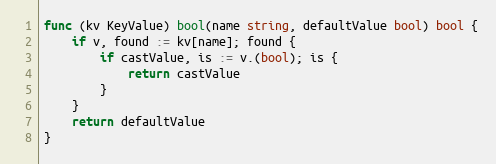
Language: Go
func (kv KeyValue) bool(name string, defaultValue bool) bool {
	if v, found := kv[name]; found {
		if castValue, is := v.(bool); is {
			return castValue
		}
	}
	return defaultValue
}